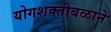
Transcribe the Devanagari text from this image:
योगशक्तीबळाने